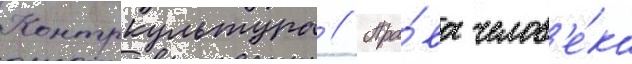
Контркультура // Пра́ва челов'е́ка